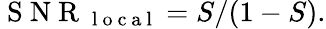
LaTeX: \mathrm{~S~N~R~}_{\mathrm{~l~o~c~a~l~}}=S/(1-S).